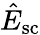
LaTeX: \hat{E}_{\mathrm{sc}}